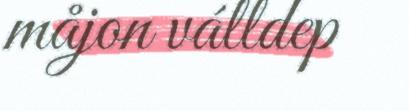
måjon válldep